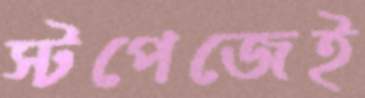
স্টপেজেই